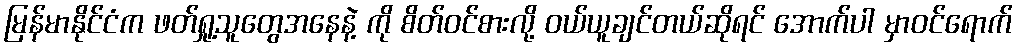
မြန်မာနိုင်ငံက ဖတ်ရှု့သူတွေအနေနဲ့ ကို စိတ်ဝင်စားလို့ ဝယ်ယူချင်တယ်ဆိုရင် အောက်ပါ မှာဝင်ရောက်